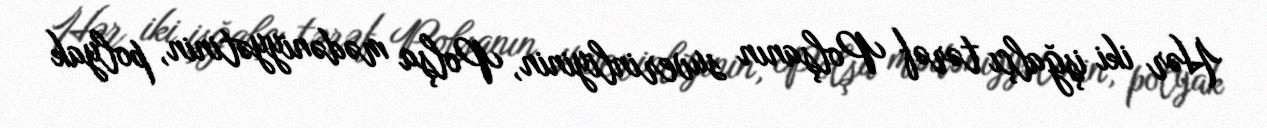
Hər iki işğalçı tərəf Polşanın suverinliyinin, Polşa mədəniyyətinin, polyak